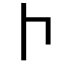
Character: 𠁡